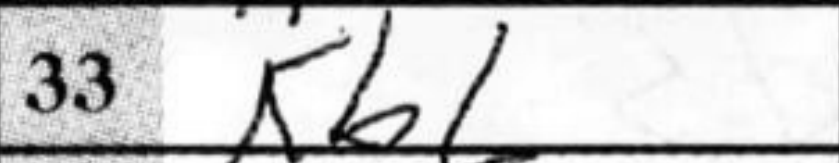
Transcription: Kb1